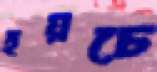
হয়চে